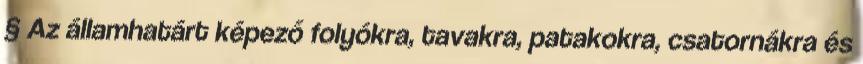
§ Az államhatárt képező folyókra, tavakra, patakokra, csatornákra és